Civil Veterinary Dept. Bombay admin report 1923-31 - 1923-1931
Year: 1923
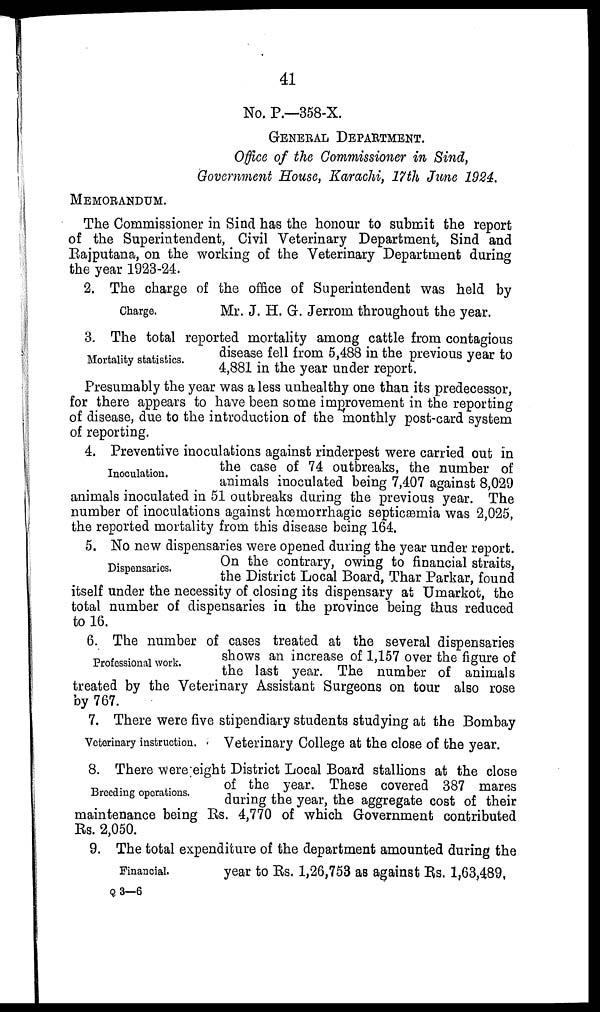
41
No. P.—358-X.
GENERAL DEPARTMENT.
Office of the Commissioner in Sind,
Government House, Karachi, 17th June 1924.
MEMORANDUM.
The Commissioner in Sind has the honour to submit the report
of the Superintendent, Civil Veterinary Department, Sind and
Rajputana, on the working of the Veterinary Department during
the year 1923-24.
Charge.
2. The charge of the office of Superintendent was held by
Mr. J. H. G. Jerrom throughout the year.
Mortality statistics.
3. The total reported mortality among cattle from contagious
disease fell from 5,488 in the previous year to
4,881 in the year under report.
Presumably the year was a less unhealthy one than its predecessor,
for there appears to have been some improvement in the reporting
of disease, due to the introduction of the monthly post-card system
of reporting.
Inoculation.
4. Preventive inoculations against rinderpest were carried out in
the case of 74 outbreaks, the number of
animals inoculated being 7,407 against 8,029
animals inoculated in 51 outbreaks during the previous year. The
number of inoculations against hœmorrhagic septicæmia was 2,025,
the reported mortality from this disease being 164.
Dispensaries.
5. No new dispensaries were opened during the year under report.
On the contrary, owing to financial straits,
the District Local Board, Thar Parkar, found
itself under the necessity of closing its dispensary at Umarkot, the
total number of dispensaries in the province being thus reduced
to 16.
Professional work.
6. The number of cases treated at the several dispensaries
shows an increase of 1,157 over the figure of
the last year. The number of animals
treated by the Veterinary Assistant Surgeons on tour also rose
by 767.
Veterinary instruction.
7. There were five stipendiary students studying at the Bombay
Veterinary College at the close of the year.
Breeding operations.
8. There were eight District Local Board stallions at the close
of the year. These covered 387 mares
during the year, the aggregate cost of their
maintenance being Rs. 4,770 of which Government contributed
Rs. 2,050.
Financial.
9. The total expenditure of the department amounted during the
year to Rs. 1,26,753 as against Rs. 1,63,489,
Q 3—6